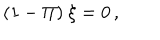
( 1 - \Pi ) \ \xi = 0 \, ,